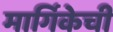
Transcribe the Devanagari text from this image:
मार्गिकेची